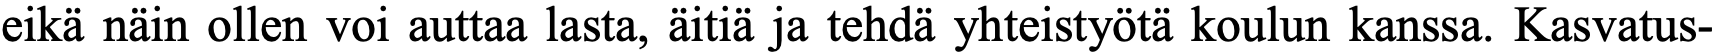
eikä näin ollen voi auttaa lasta, äitiä ja tehdä yhteistyötä koulun kanssa. Kasvatus-